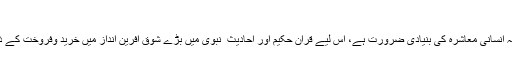
تجارت کی فضیلت
ایک دوسرے کے ساتھ اشیا کا تبادلہ چونکہ انسانی معاشرہ کی بنیادی ضرورت ہے، اس لیے قرآنِ حکیم اور احادیث ِ نبویؐ میں بڑے شوق آفرین انداز میں خرید وفروخت کے ذریعے کسب مال کی ترغیب دی گئی ہے۔